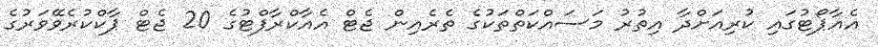
އެއާޕޯޓުގައި ކުރިއަށްދާ އިތުރު މަސައްކަތްތަކުގެ ތެރެއިން ޖެޓް އެއާކްރާފްޓުގެ 20 ޖެޓް ޕާކްކުރެވޭވަރުގެ